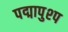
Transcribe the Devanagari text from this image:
पद्मापुश्प